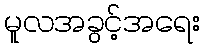
မူလအခွင့်အရေး